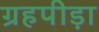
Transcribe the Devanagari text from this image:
ग्रहपीड़ा